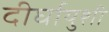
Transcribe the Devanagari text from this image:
दीर्घायुशी